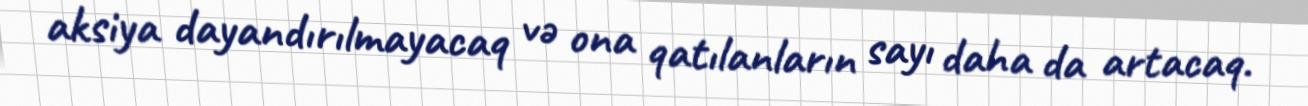
aksiya dayandırılmayacaq və ona qatılanların sayı daha da artacaq.